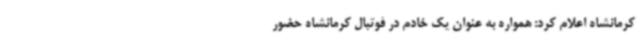
کرمانشاه اعلام کرد: همواره به عنوان یک خادم در فوتبال کرمانشاه حضور